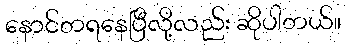
နောင်တရနေပြီလို့လည်း ဆိုပါတယ်။